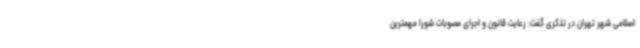
اسلامی شهر تهران در تذکری گفت: رعایت قانون و اجرای مصوبات شورا مهمترین